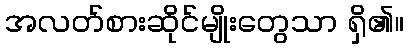
အလတ်စားဆိုင်မျိုးတွေသာ ရှိ၏။